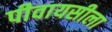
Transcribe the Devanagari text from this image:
पीवायसीला